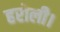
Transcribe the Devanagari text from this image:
हरोली।